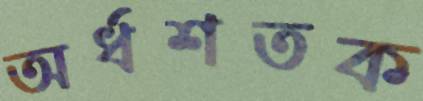
অর্ধশতক